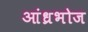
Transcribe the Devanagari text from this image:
आंध्रभोज